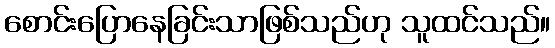
စောင်းပြောနေခြင်းသာဖြစ်သည်ဟု သူထင်သည်။